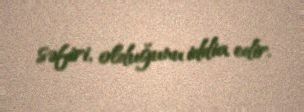
səfiri, olduğunu iddia edir.